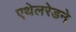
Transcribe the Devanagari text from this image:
एथेलरेडने